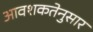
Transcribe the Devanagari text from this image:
आवशकतेनुसार